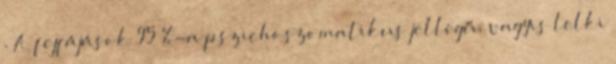
. A fejfájások 95 %-a pszichoszomatikus jellegű, vagyis lelki